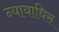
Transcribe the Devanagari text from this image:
न्यायाधिस